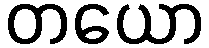
တယော